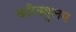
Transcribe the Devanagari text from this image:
करिक्युलम